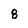
Character: 8